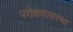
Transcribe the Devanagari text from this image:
परोक्षणावस्था